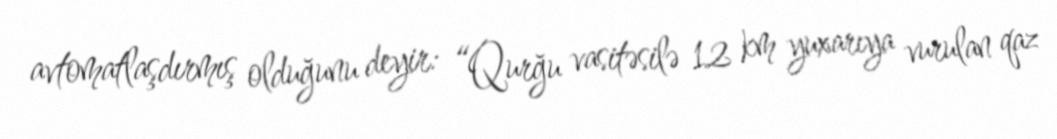
avtomatlaşdırmış olduğunu deyir: “Qurğu vasitəsilə 12 km yuxarıya vurulan qaz